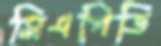
সিএপিডি